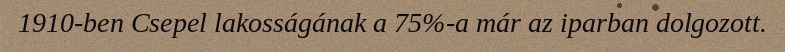
1910-ben Csepel lakosságának a 75%-a már az iparban dolgozott.